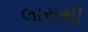
લારાથી